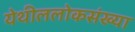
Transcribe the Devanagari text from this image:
येथीललोकसंख्या